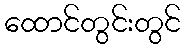
ထောင်တွင်းတွင်